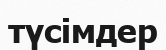
түсімдер